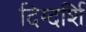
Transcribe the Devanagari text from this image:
दिग्दर्शि